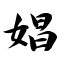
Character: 娼